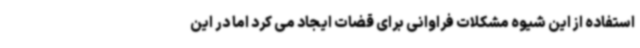
استفاده از این شیوه مشکلات فراوانی برای قضات ایجاد می کرد اما در این